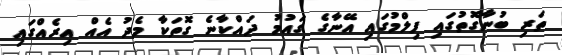
ތަރި ބުނާގޮތުގައި ފިލްމުގައި އޭނާގެ ގައުމު ދައްކާނެ ގޮތަކާ މެދު އެއް އިރެއްގައި